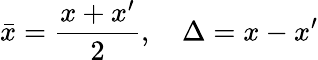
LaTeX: \bar{x}={\frac{x+x^{\prime}}{2}},\quad\Delta=x-x^{\prime}